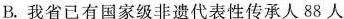
B. 我省已有国家级非遗代表性传承人88人